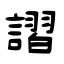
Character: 謵